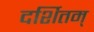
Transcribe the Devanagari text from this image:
दर्शितम्